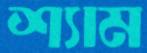
শ্যাম